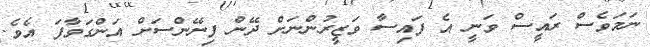
ނަމަވެސް ރައީސް ވަނީ އެ ފައިސާ ވަޒީރުންނަށް ދޭން ފިނޭންސަށް އަންގަވާފަ އެވެ.